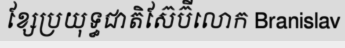
ខ្សែប្រយុទ្ធជាតិស៊ែប៊ីលោក Branislav